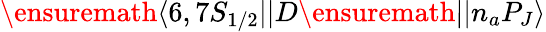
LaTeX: \ensuremath{\langle 6,7S_{1/2}||}D\ensuremath{||n_{a}P_{J}\rangle}